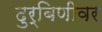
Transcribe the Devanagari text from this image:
दुर्बिणीवर